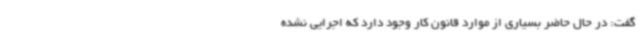
گفت: در حال حاضر بسیاری از موارد قانون کار وجود دارد که اجرایی نشده